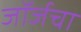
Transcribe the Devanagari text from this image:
जॉर्जचा